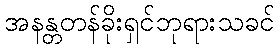
အနန္တတန်ခိုးရှင်ဘုရားသခင်